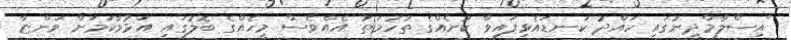
"އިސްލާމްދީނުގައި ހައްދު ކަނޑައެޅިފައިވާ ކުށެއްގެ ތުހުމަތު އެއްވެސް މީހެއްގެ ބޮލުގައި އަޅުވާކަމަށް ވަންޏާ